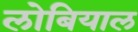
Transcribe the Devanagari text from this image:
लोबियाल